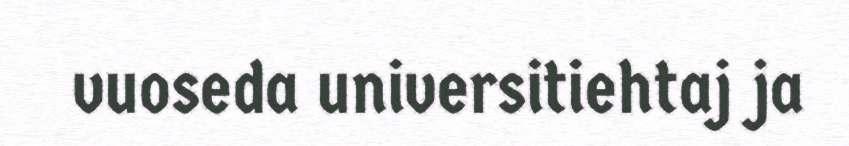
vuoseda universitiehtaj ja